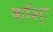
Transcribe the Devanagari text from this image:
कॉश्ः